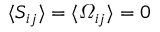
\langle S _ { i j } \rangle = \langle \varOmega _ { i j } \rangle = 0